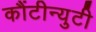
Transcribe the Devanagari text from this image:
कौंटीन्युटी